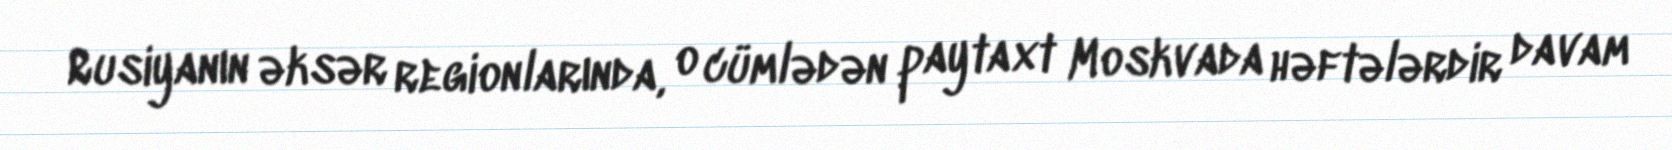
Rusiyanın əksər regionlarında, o cümlədən paytaxt Moskvada həftələrdir davam